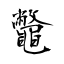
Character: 鼈